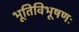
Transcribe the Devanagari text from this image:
भूतिविभूषणः